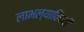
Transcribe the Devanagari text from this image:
लाभल्याविषयी